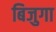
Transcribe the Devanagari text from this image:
बिजुगा